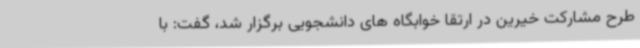
طرح مشارکت خیرین در ارتقا خوابگاه های دانشجویی برگزار شد، گفت: با